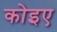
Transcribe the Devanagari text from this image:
कोइए